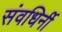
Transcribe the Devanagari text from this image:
संवधिर्नी